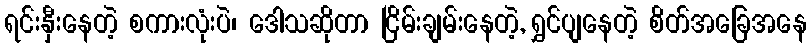
ရင်းနှီးနေတဲ့ စကားလုံးပဲ၊ ဒေါသဆိုတာ ငြိမ်းချမ်းနေတဲ့, ရွှင်ပျနေတဲ့ စိတ်အခြေအနေ